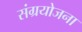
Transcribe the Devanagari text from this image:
संग्रयोजना